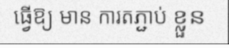
ធ្វើឱ្យ មាន ការតភ្ជាប់ ខ្លួន